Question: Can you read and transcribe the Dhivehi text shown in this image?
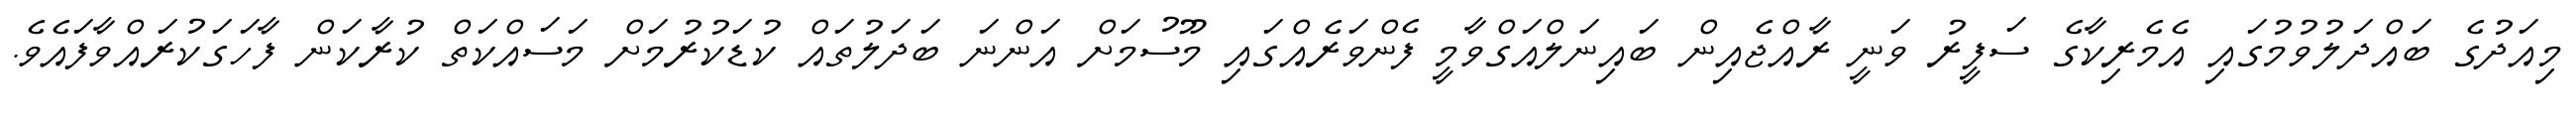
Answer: މިއަދުގެ ބައްދަލުވުމުގައި އެމެރިކާގެ ސަފީރު ވަނީ ރާއްޖެއިން ބައިނަލްއަގްވާމީ ފެންވަރެއްގައި މޫސުމަށް އަންނަ ބަދަލުތައް ކުޑަކުރުމަށް މަސައްކަތް ކުރާކަން ފާހަގަކުރައްވާފައެވެ.